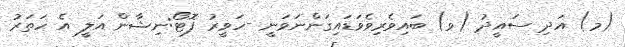
(މ) އަދި ސައީދު (ވ) ބައިވެރިވެވަޑައިގަންނަވަނީ -ހަވީރު ފޮޓޯ:ނިޝާން އަލީ އެ ހަތަރު